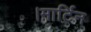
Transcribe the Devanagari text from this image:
।मार्टिन